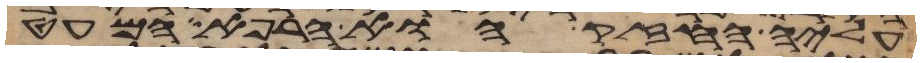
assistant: עליה החזק או הרפא המעט